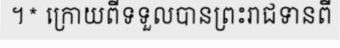
។* ក្រោយពីទទួលបានព្រះរាជទានពី